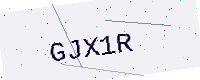
Text: GJX1R